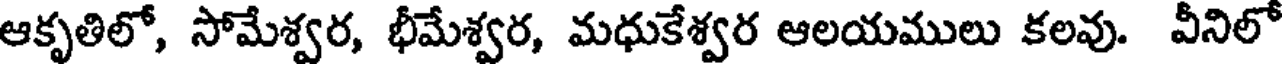
ఆకృతిలో, సోమేశ్వర, భీమేశ్వర, మధుకేశ్వర ఆలయములు కలవు. వీనిలో